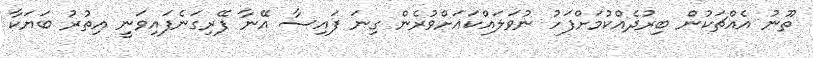
ތޫނު އެއްޗަކުން ބިރުދެއްކުމަށްފަހު ނުވަލައްކައަށްވުރެން ގިނަ ފައިސާ އޭނާ ފޭރިގަނެފައިވަނީ އިތުރު ބަޔަކާ